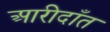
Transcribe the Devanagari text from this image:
आरीदाँत